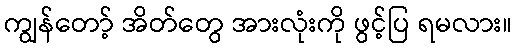
ကျွန်တော့် အိတ်တွေ အားလုံးကို ဖွင့်ပြ ရမလား။